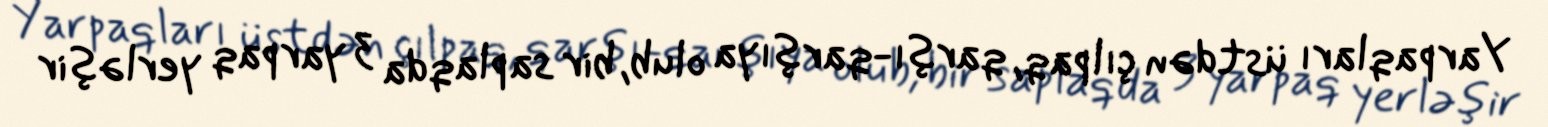
Yarpaqları üstdən çılpaq, qarşı-qarşıya olub, bir saplaqda 3 yarpaq yerləşir